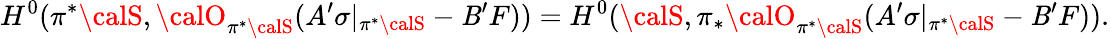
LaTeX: H^{0}(\pi^{*}{\calS},{\calO}_{\pi^{*}{\calS}}(A^{\prime}\sigma|_{\pi^{*}{\calS}}-\mathit{B}^{\prime}F))=H^{0}({\calS},\pi_{*}{\calO}_{\pi^{*}{\calS}}(A^{\prime}\sigma|_{\pi^{*}{\calS}}-\mathit{B}^{\prime}F)).